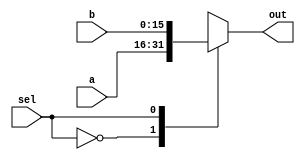
module mux_2_29 (
    input [15:0] a,
    input [15:0] b,
    input sel,
    output reg [15:0] out
  );
  
  
  
  always @* begin
    
    case (sel)
      1'h0: begin
        out = a;
      end
      1'h1: begin
        out = b;
      end
      default: begin
        out = 16'h0000;
      end
    endcase
  end
endmodule